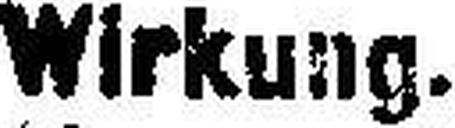
Wirkung.